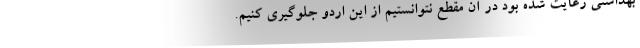
بهداشتی رعایت شده بود در آن مقطع نتوانستیم از این اردو جلوگیری کنیم.